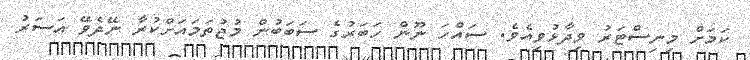
ކަމަށް މިނިސްޓަރު ވިދާޅުވިއެވެ. ސައްހަ ނޫން ހަބަރުގެ ސަބަބުން މުޖުތަމައަށްކުރާ ނޭދެވޭ އަސަރު